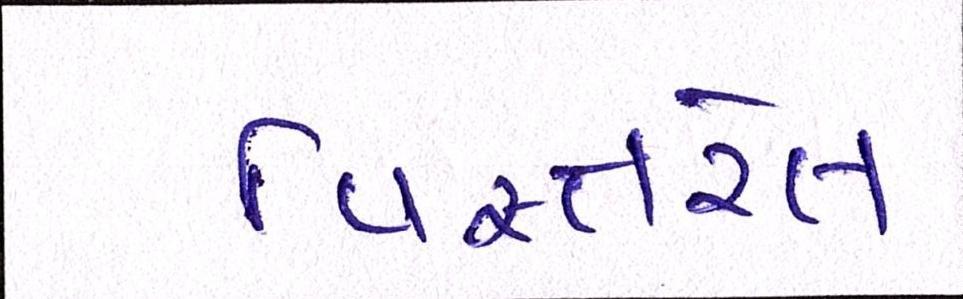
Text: વિસ્તરેલ